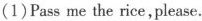
(1)Pass me the rice,please.